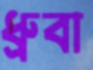
ধ্রুবা